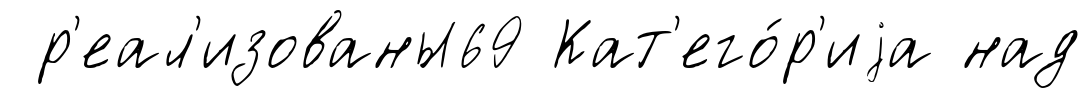
р'еал'изованы69 Кат'его́р'иjа над